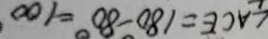
\angle A C E = 1 8 0 ^ { \circ } - 8 0 ^ { \circ } = 1 0 0